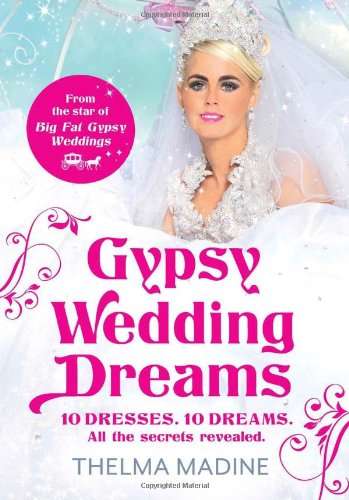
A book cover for Gypsy Wedding Dreams: Ten Dresses. Ten Dreams. All the Secrets Revealed.; Thelma Madine; Crafts, Hobbies & Home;